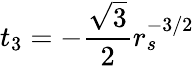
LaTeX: t_{3}=-\frac{\sqrt{3}}{2}r_{s}^{-3/2}